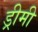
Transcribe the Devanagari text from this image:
ड्रीमी